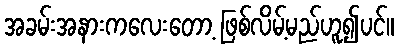
အခမ်းအနားကလေးတော့ ဖြစ်လိမ့်မည်ဟူ၍ပင်။